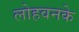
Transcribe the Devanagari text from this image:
लोहवनके